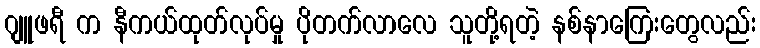
ဂျူဖရီ က နီကယ်ထုတ်လုပ်မှု ပိုတက်လာလေ သူတို့ရတဲ့ နစ်နာကြေးတွေလည်း